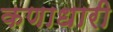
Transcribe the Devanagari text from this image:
कणाधारी